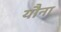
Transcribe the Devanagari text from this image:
यौना